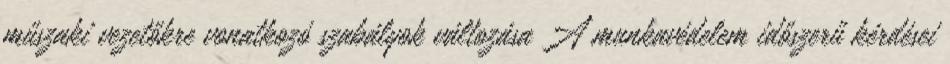
műszaki vezetőkre vonatkozó szabályok változása A munkavédelem időszerű kérdései